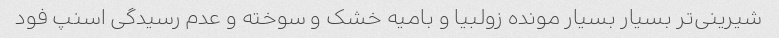
شیرینی‌تر بسیار بسیار مونده زولبیا و بامیه خشک و سوخته و عدم رسیدگی اسنپ فود